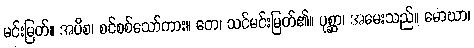
မင်းမြတ်။ အပိစ၊ စင်စစ်သော်ကား။ တေ၊ သင်မင်းမြတ်၏။ ပုစ္ဆာ၊ အမေးသည်။ မောဃာ၊